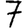
Digit: 7